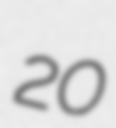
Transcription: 20